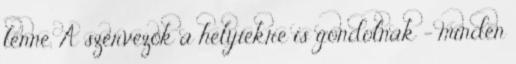
lenne. A szervezők a helyiekre is gondolnak - minden